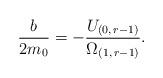
LaTeX: \begin{align*}\frac{b}{2m_{0}}=-\frac{U_{(0,\,r-1)}}{\Omega_{(1,\, r-1)}}.\end{align*}